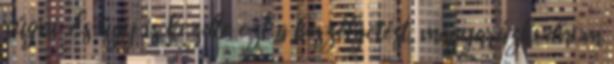
rúgni. És úgy is kezdte ezt a beszélgetést, magyarázkodnom